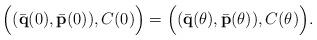
LaTeX: \begin{align*}\Big((\bar{\bf q}(0), \bar{\bf p} (0) ) ,C(0)\Big)=\Big((\bar{\bf q}(\theta), \bar{\bf p} (\theta) ) ,C(\theta)\Big).\end{align*}